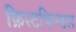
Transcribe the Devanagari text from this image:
क्रिस्टकिन्डल